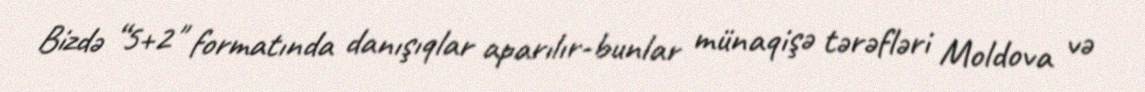
Bizdə “5+2" formatında danışıqlar aparılır-bunlar münaqişə tərəfləri Moldova və